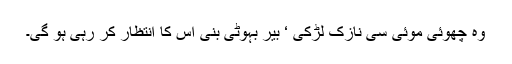
وہ چھوئی موئی سی نازک لڑکی ‘ بیر بہوٹی بنی اس کا انتظار کر رہی ہو گی۔